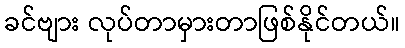
ခင်ဗျား လုပ်တာမှားတာဖြစ်နိုင်တယ်။